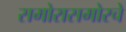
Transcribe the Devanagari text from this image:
समोरासमोरचे